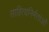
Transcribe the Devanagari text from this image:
साहित्यनिर्मताओं